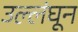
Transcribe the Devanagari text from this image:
उल्लंघून